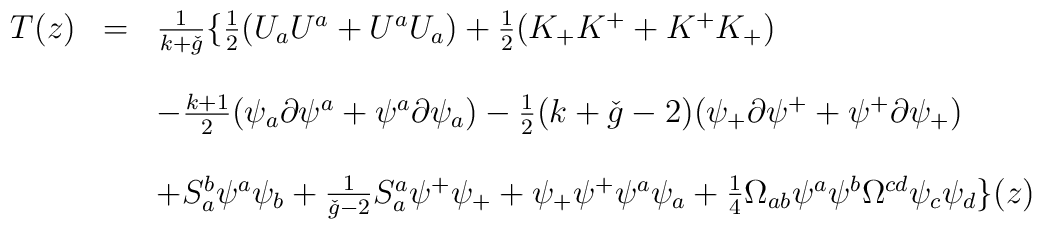
\begin{array}{lll}T(z) & = & \frac{1}{k+ \check{g}}\{ \frac{1}{2}(U_{a}U^{a} + U^{a}U_{a})+ \frac{1}{2}(K_{+}K^{+} + K^{+}K_{+})   \\     &  &  \\     &   & - \frac{k+1}{2}(\psi_{a} \partial \psi^{a} +\psi^{a} \partial \psi_{a})- \frac{1}{2}(k+ \check{g}-2)(\psi_{+} \partial \psi^{+} +\psi^{+} \partial \psi_{+})   \\     &  &  \\      &   & + S_{a}^{b} \psi^{a} \psi_{b} +\frac{1}{\check{g}-2} S_{a}^{a} \psi^{+} \psi_{+} +       \psi_{+} \psi^{+} \psi^{a} \psi_{a} +\frac{1}{4}\Omega_{ab} \psi^{a} \psi^{b} \Omega^{cd} \psi_{c} \psi_{d} \}(z)\end{array}